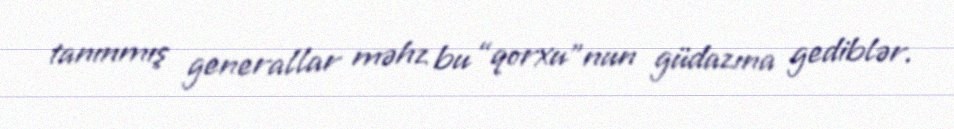
tanınmış generallar məhz bu “qorxu”nun güdazına gediblər.